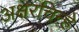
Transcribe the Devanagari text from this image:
अक्षरचिन्हे